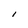
Character: I